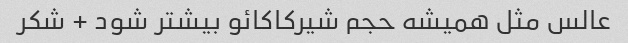
عالس مثل همیشه حجم شیرکاکائو بیشتر شود + شکر